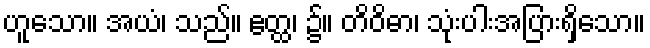
ဟူသော။ အယံ၊ သည်။ ဧတ္ထ၊ ၌။ တိဝိဓာ၊ သုံးပါးအပြားရှိသော။